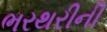
ભરથરીની